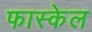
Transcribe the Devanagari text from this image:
फास्केल